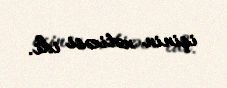
işinin nəticəsi idi.